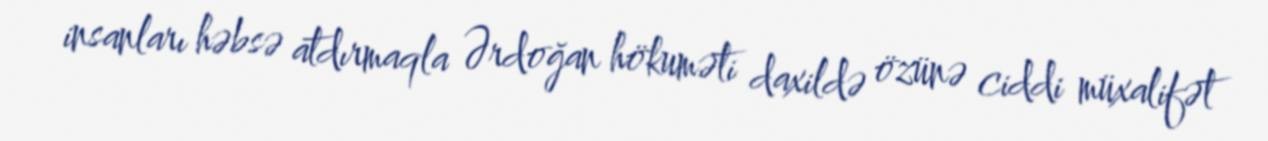
insanları həbsə atdırmaqla Ərdoğan hökuməti daxildə özünə ciddi müxalifət